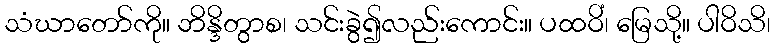
သံဃာတော်ကို။ ဘိန္ဒိတွာစ၊ သင်းခွဲ၍လည်းကောင်း။ ပထဝိံ၊ မြေသို့။ ပါဝိသိ၊